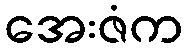
အေးဇံက